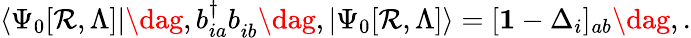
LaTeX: \begin{array}{r}{\langle\Psi_{0}[\mathcal{R},\Lambda]|\dag,b_{ia}^{\dagger}b_{ib}^{\phantom{\dagger}}\dag,|\Psi_{0}[\mathcal{R},\Lambda]\rangle=[\mathbf{1}-\Delta_{i}]_{ab}\dag,.}\end{array}